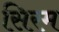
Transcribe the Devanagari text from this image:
सिरम